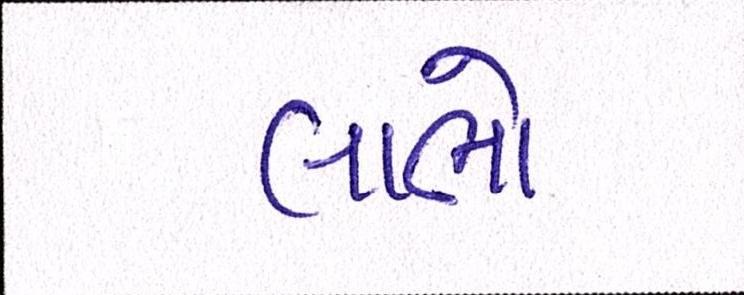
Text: લાભો